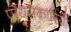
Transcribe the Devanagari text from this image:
पायसकारियों